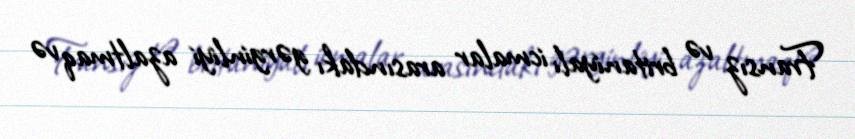
Fransız və britaniyalı icmalar arasındakı gərginliyi azaltmaq və